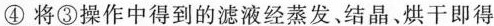
④将③操作中得到的滤液经蒸发、结晶、烘干即得